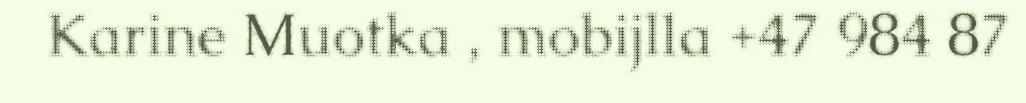
Karine Muotka , mobijlla +47 984 87